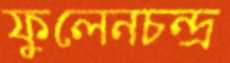
ফুলেনচন্দ্র